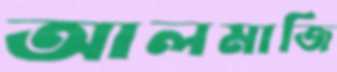
আলমাজি